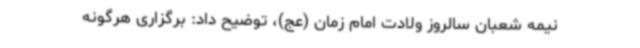
نیمه شعبان سالروز ولادت امام زمان (عج)، توضیح داد: برگزاری هرگونه